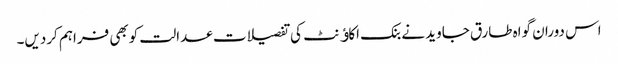
اس دوران گواہ طارق جاوید نے بنک اکاﺅنٹ کی تفصیلات عدالت کوبھی فراہم کردیں۔